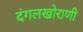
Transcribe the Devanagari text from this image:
दंगलखोराणी